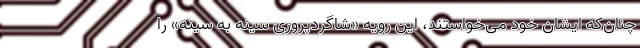
چنان‌که ایشان خود می‌خواستند، این رویه «شاگردپروری سینه به سینه» را